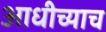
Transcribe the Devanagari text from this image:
आधीच्याच